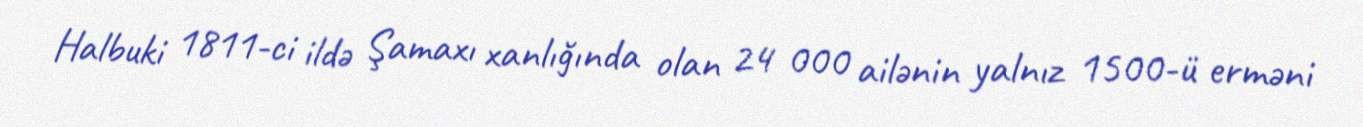
Halbuki 1811-ci ildə Şamaxı xanlığında olan 24 000 ailənin yalnız 1500-ü erməni